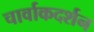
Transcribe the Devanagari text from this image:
चार्वाकदर्शन